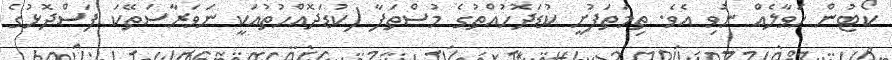
ކޯޓުން ހަވާލެއް ނުވި އެވެ. ތިމަތަފުށީ ކުޑަދޮހުއްތުގެ މުސްތަފާ (ކުޑަދޮއްހުތުއަކީ ނަވަރާސަތޭކަ ފަސްދޮޅުގެ